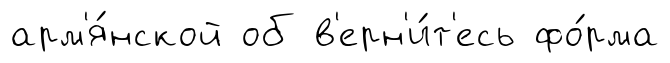
арм'я́нской об в'ерн'и́т'есь фо́рма